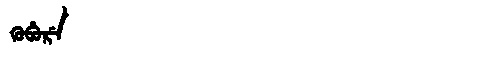
Manchu: ᡴᡠᠪᡠᡵᡝ
Romanization: KUBURE